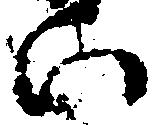
い